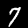
Digit: 7